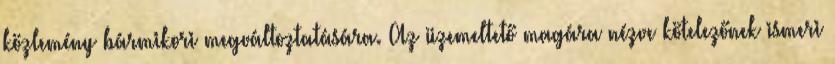
közlemény bármikori megváltoztatására. Az üzemeltető magára nézve kötelezőnek ismeri